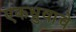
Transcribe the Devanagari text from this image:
एकध्रुवाचे